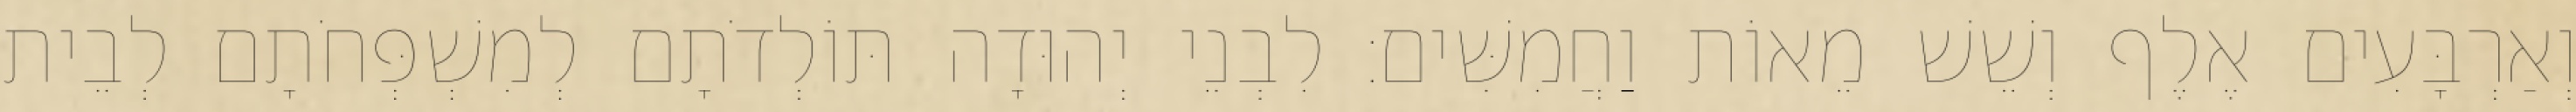
וְאַרְבָּעִים אֶלֶף וְשֵׁשׁ מֵאוֹת וַחֲמִשִּׁים׃ לִבְנֵי יְהוּדָה תּוֹלְדֹתָם לְמִשְׁפְּחֹתָם לְבֵית